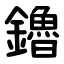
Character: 鑥